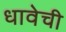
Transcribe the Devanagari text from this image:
धावेची